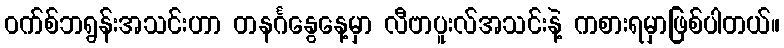
ဝက်စ်ဘရွန်းအသင်းဟာ တနင်္ဂနွေနေ့မှာ လီဗာပူးလ်အသင်းနဲ့ ကစားရမှာဖြစ်ပါတယ်။